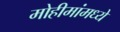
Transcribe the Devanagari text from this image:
मोहीमांमध्ये